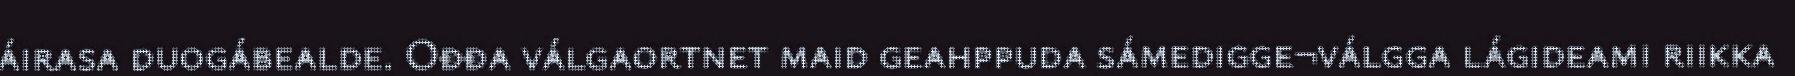
áirasa duogábealde. Ođđa válgaortnet maid geahppuda sámedigge¬válgga lágideami riikka